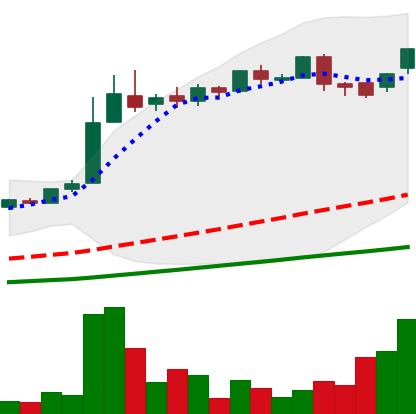
Ticker: LTC-USD
Chart end date: 2016-06-11
Forward return: 12.9%
Label: up_7plus